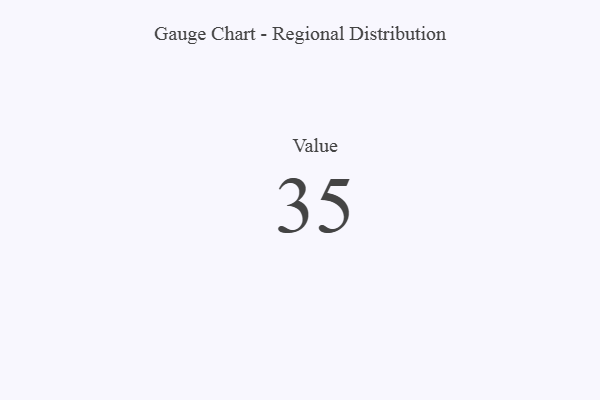
{"axis": {"x": "Metric", "y": "Value"}, "legend": [""], "data": [{"x": "Value", "y": 35, "type": ""}]}